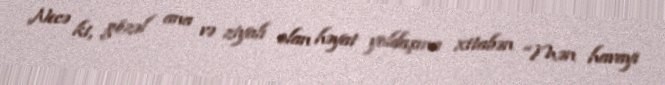
Necə ki, gözəl ana və ziyalı olan həyat yoldaşına xitabən “Mən havayı